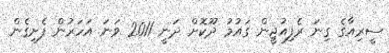
ސީރިއާގެ ގިނަ ރެފިއުޖީން ގައުމު ދޫކޮށް ދަނީ 2011 ވަނަ އަހަރުން ފެށިގެން